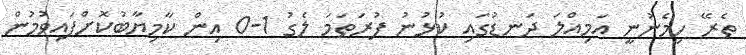
ތެރޭ ހިމެނުނީ އަމިއްލަ ދަނޑުގައި ކުޅުނު ފުރަތަމަ ލެގު 1-0 އިން ކާމިޔާބުކޮށްފައިވުމުން